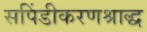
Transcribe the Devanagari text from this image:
सपिंडीकरणश्राद्ध